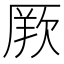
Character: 𭆏